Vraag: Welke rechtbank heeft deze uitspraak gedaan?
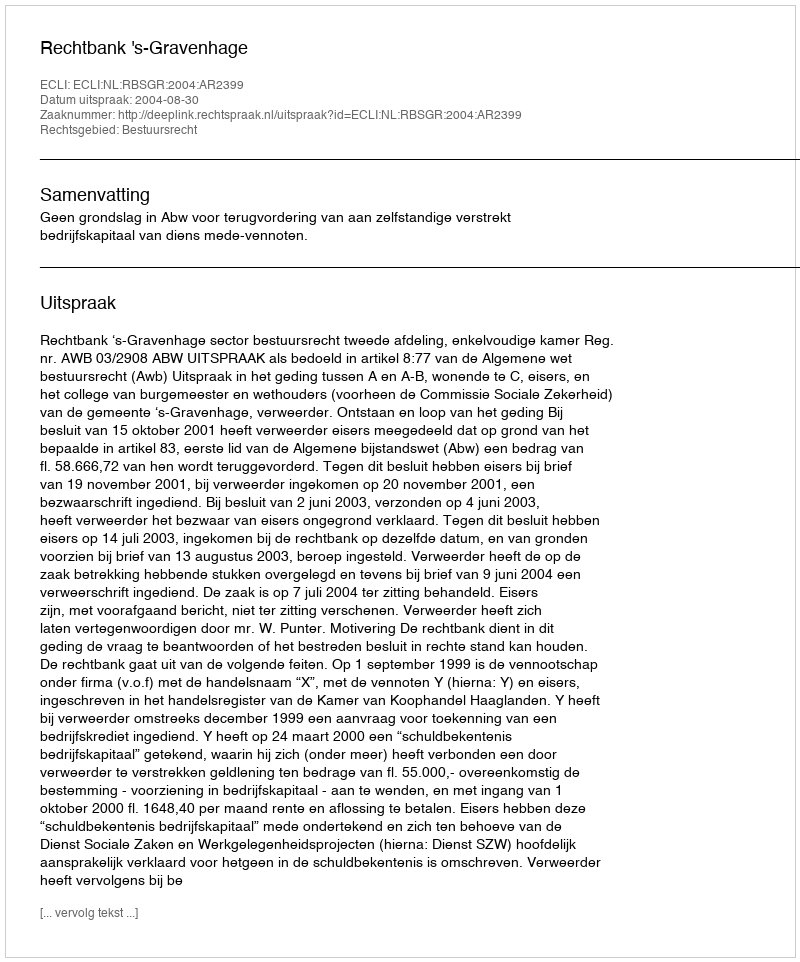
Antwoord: Rechtbank 's-Gravenhage